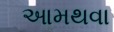
આમથવા